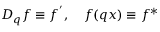
D _ { q } f \equiv f ^ { ^ { \prime } } , \quad f ( q x ) \equiv f ^ { \ast }